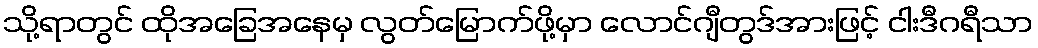
သို့ရာတွင် ထိုအခြေအနေမှ လွတ်မြောက်ဖို့မှာ လောင်ဂျီတွဒ်အားဖြင့် ငါးဒီဂရီသာ